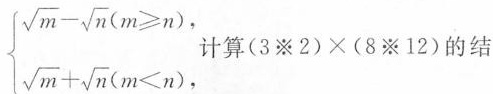
$$\left\{ \begin{matrix} \sqrt{m}- \sqrt{n}(m \geq n), \\ \sqrt{m}+ \sqrt{n}(m<n), \\ \end{matrix} \right.$$ 计算$$(3※2)\times (8※12)$$的结